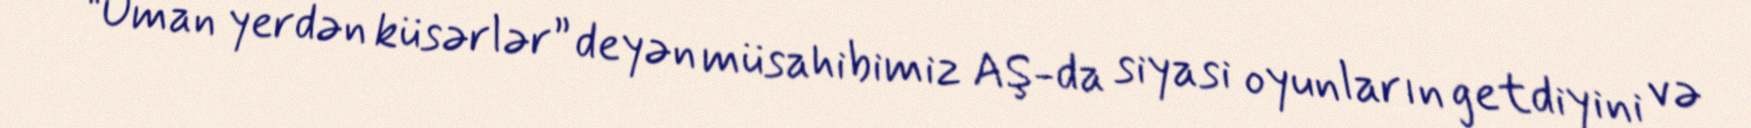
“Uman yerdən küsərlər” deyən müsahibimiz AŞ-da siyasi oyunların getdiyini və